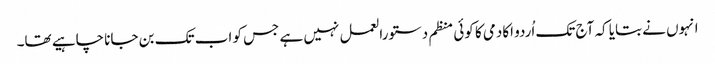
انہوں نے بتایا کہ آج تک اُردو اکادمی کا کوئی منظم دستورالعمل نہیں ہے جس کو اب تک بن جانا چاہیے تھا۔